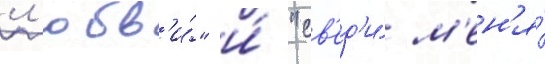
л'юбв'и́" и́ "св'ед'и́ м'ен'я́